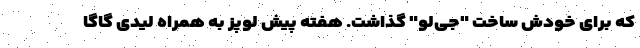
که برای خودش ساخت "جی‌لو" گذاشت. هفته پیش لوپز به همراه لیدی گاگا